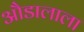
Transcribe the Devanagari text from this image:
औडालाला